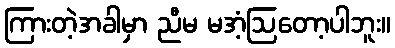
ကြားတဲ့အခါမှာ ညီမ မအံ့ဩတော့ပါဘူး။